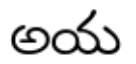
అయ